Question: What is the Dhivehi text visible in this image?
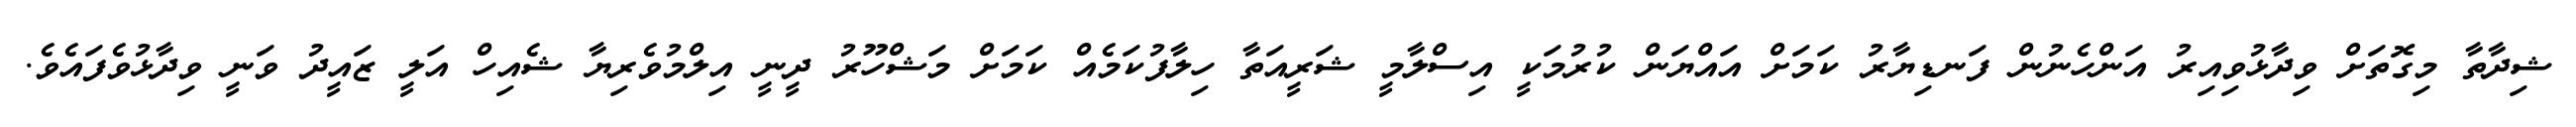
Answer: ޝިދާތާ މިގޮތަށް ވިދާޅުވިއިރު އަންހެނުން ފަނޑިޔާރު ކަމަށް އައްޔަން ކުރުމަކީ އިސްލާމީ ޝަރީއަތާ ހިލާފުކަމެއް ކަމަށް މަޝްހޫރު ދީނީ އިލްމުވެރިޔާ ޝެއިހް އަލީ ޒައީދު ވަނީ ވިދާޅުވެފައެވެ.